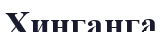
Хинганга